Vaccination in Bombay 1856-1862 - 1856-1862
Year: 1856
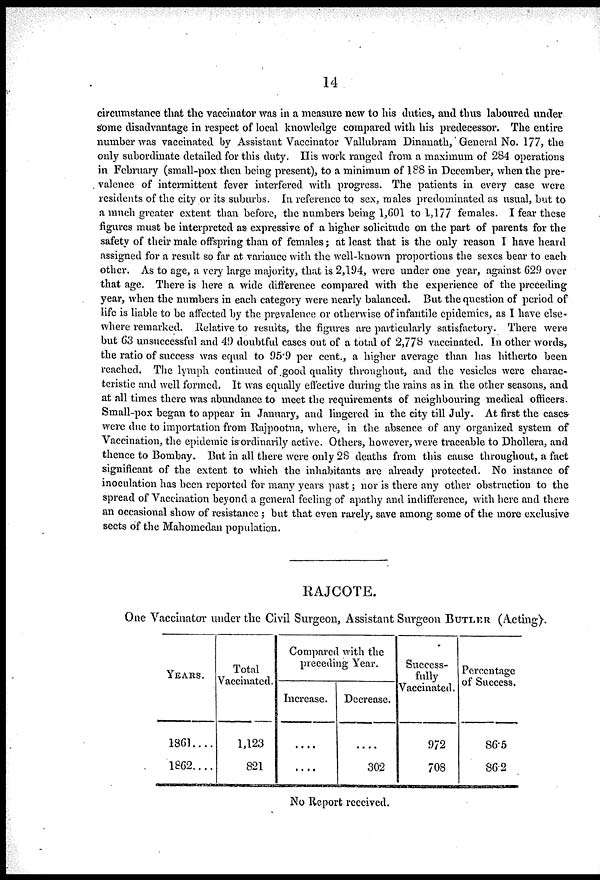
14
circumstance that the vaccinator was in a measure new to his duties, and thus laboured under
some disadvantage in respect of local knowledge compared with his predecessor. The entire
number was vaccinated by Assistant Vaccinator "Vallubram Dinanath, General No. 177, the
only subordinate detailed for this duty. His work ranged from a maximum of 284 operations
in February (small-pox then being present), to a minimum of 188 in December, when the pre¬
. valence of intermittent fever interfered with progress. The patients in every case were
residents of the city or its suburbs. In reference to sex, males predominated as usual, but to
a much greater extent than before, the numbers being 1,601 to 1,177 females. I fear these
figures must be interpreted as expressive of a higher solicitude on the part of parents for the
safety of their male offspring than of females; at least that is the only reason I have heard
assigned for a result so far at variance with the well-known proportions the sexes bear to each
other. As to age, a very large majority, that is 2,194, were under one year, against 629 over
that age. There is here a wide difference compared with the experience of the preceding
year, when the numbers in each category were nearly balanced. But the question of period of
life is liable to be affected by the prevalence or otherwise of infantile epidemics, as I have else-
where remarked. Relative to results, the figures are particularly satisfactory. There were
but 63 unsuccessful and 49 doubtful cases out of a total of 2,778 vaccinated. In other words,
the ratio of success was equal to 95.9 per cent., a higher average than has hitherto been
reached. The lymph continued of good quality throughout, and the vesicles were charac-
teristic and well formed. It was equally effective during the rains as in the other seasons, and
at all times there was abundance to meet the requirements of neighbouring medical officers.
Small-pox began to appear in January, and lingered in the city till July. At first the cases
were due to importation from Rajpootna, where, in the absence of any organized system of
Vaccination, the epidemic is ordinarily active. Others, however, were traceable to Dhollera, and
thence to Bombay. But in all there were only 28 deaths from this cause throughout, a fact
significant of the extent to which the inhabitants are already protected. No instance of
inoculation has been reported for many years past; nor is there any other obstruction to the
spread of Vaccination beyond a general feeling of apathy and indifference, with here and there
an occasional show of resistance ; but that even rarely, save among some of the more exclusive
sects of the Mahomedan population.
RAJCOTE.
One Vaccinator under the Civil Surgeon, Assistant Surgeon BUTLER (Acting).
YEARS.
1861....
1862....
Total
Vaccinated.
1,123
821
Compared with the
preceding Year.
Increase.
....
....
Decrease.
....
302
Success-
fully
Vaccinated.
972
708
Percentage
of Success.
86.5
86.2
No Report received.